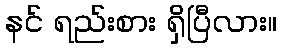
နင် ရည်းစား ရှိပြီလား။